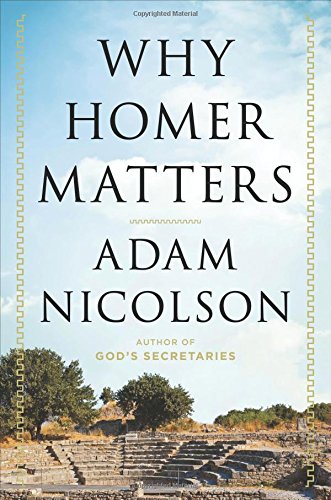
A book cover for Why Homer Matters; Adam Nicolson; Literature & Fiction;